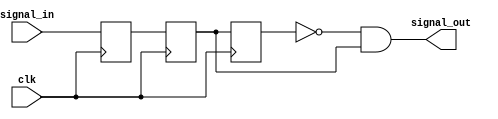
`timescale 1ns / 1ps

module oneShot(
    input clk,
    input signal_in,
    output signal_out
    );
    reg r1, r2, r3;
    always @(posedge clk) begin
        r1 <= signal_in;
        r2 <= r1;
        r3 <= r2;
    end
    assign signal_out = ~r3 & r2;
endmodule

module debounce(
    input clk,
    input in,
    output reg out
    );
    reg xnew;
    reg [17:0] count;
    always @(posedge clk) begin
        if (xnew != in) begin
            count <= 18'd0;
            xnew <= in;
        end else if (count < 18'd100000) begin
            count <= count + 18'd1;
        end else begin
            out <= xnew;
        end
    end
endmodule